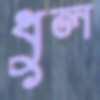
ধুল